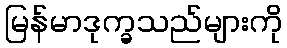
မြန်မာဒုက္ခသည်များကို